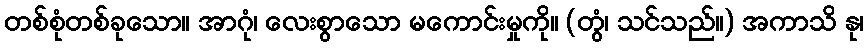
တစ်စုံတစ်ခုသော။ အာဂုံ၊ လေးစွာသော မကောင်းမှုကို။ (တွံ၊ သင်သည်။) အကာသိ နု၊